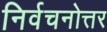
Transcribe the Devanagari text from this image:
निर्वचनोत्तर